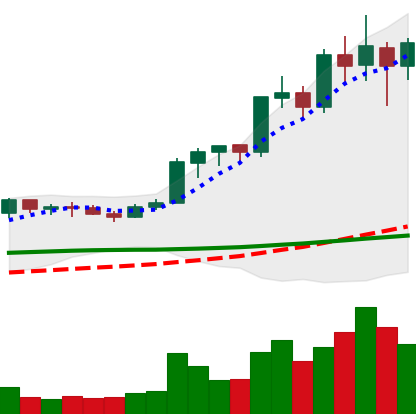
Ticker: LINK-USD
Chart end date: 2020-02-18
Forward return: -6.609%
Label: down_5_7